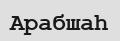
Арабшаһ